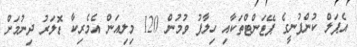
އެޕަލް ކުންފުނީގެ ޕޭޓަންޓްތަކާއި ހިލާފު ވުމުން 120 މިލިއަން އެމެރިކާ ޑޮލަރު ދިނުމަށް